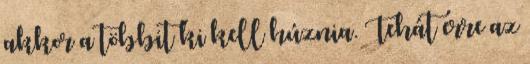
akkor a többit ki kell húznia. Tehát erre az